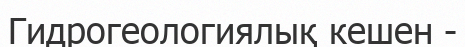
Гидрогеологиялық кешен -